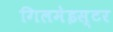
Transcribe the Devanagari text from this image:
गिलमेइस्टर